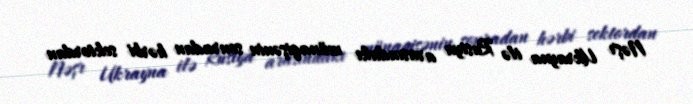
Nəşr Ukrayna ilə Rusiya arasındakı münaqişənin sonradan hərbi sektordan